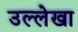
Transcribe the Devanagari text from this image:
उल्लेखा